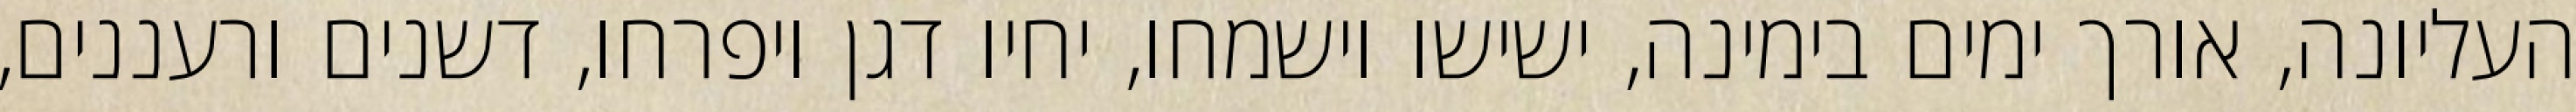
העליונה, אורך ימים בימינה, ישישו וישמחו, יחיו דגן ויפרחו, דשנים ורעננים,